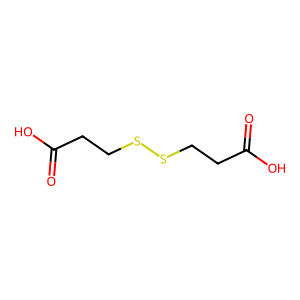
SMILES: O=C(O)CCSSCCC(=O)O
Inhibits HIV replication: No